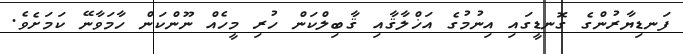
ފަނޑިޔާރުންގެ ގޮނޑީގައި އިނުމުގެ އަޚްލާޤާއި ޤާބިލްކަން ހުރި މީހެއް ނޫންކަން ހާމަވާނޭ ކަމަށެވެ.